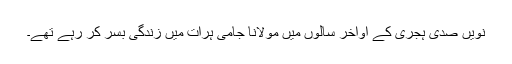
نویں صدی ہجری کے اواخر سالوں میں مولانا جامی ہرات میں زندگی بسر کر رہے تھے۔